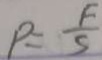
P = \frac { F } { S }